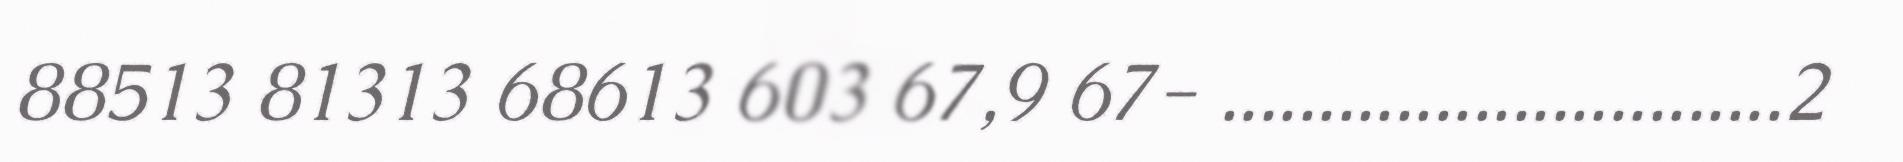
88513 81313 68613 603 67,9 67- .............................2